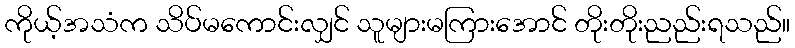
ကိုယ့်အသံက သိပ်မကောင်းလျှင် သူများမကြားအောင် တိုးတိုးညည်းရသည်။